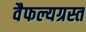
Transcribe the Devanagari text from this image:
वैफल्यग्रस्त